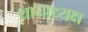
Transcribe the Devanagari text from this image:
थानाध्यक्ष